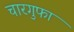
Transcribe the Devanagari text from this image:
चारगुफा